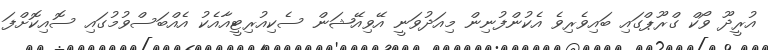
އުރީދޫ ވޯކް ގްރޫޕްގައި ބައިވެރިވެ އެކުންފުނިން މިއަދުވަނީ އޭވިއޭޝަން ސެކިއުރިޓީއާއެކު އެއްބަސްވުމުގައި ސޮއިކޮށްފަ